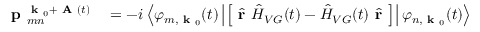
\begin{array} { r l } { \textbf { p } _ { m n } ^ { \textbf { k } _ { 0 } + \textbf { A } ( t ) } } & { { } = - i \left\langle \varphi _ { m , \textbf { k } _ { 0 } } ( t ) \left| \left[ \hat { \textbf { r } } \hat { H } _ { V G } ( t ) - \hat { H } _ { V G } ( t ) \hat { \textbf { r } } \right] \right| \varphi _ { n , \textbf { k } _ { 0 } } ( t ) \right\rangle } \end{array}